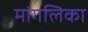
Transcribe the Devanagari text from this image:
मांगलिका